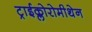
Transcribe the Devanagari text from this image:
ट्राईक्लोरोमीथेन